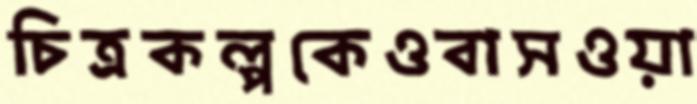
চিত্রকল্পকেওবাসওয়া